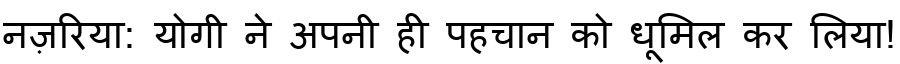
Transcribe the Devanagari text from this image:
नज़रिया: योगी ने अपनी ही पहचान को धूमिल कर लिया!